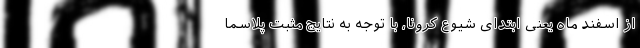
از اسفند ماه یعنی ابتدای شیوع کرونا، با توجه به نتایج مثبت پلاسما